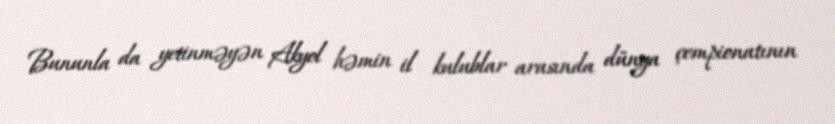
Bununla da yetinməyən Akyol həmin il kulublar arasında dünya çempionatının